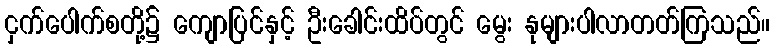
ငှက်ပေါက်စတို့၌ ကျောပြင်နှင့် ဦးခေါင်းထိပ်တွင် မွေး နုများပါလာတတ်ကြသည်။